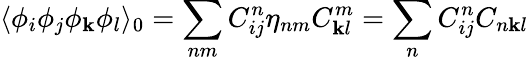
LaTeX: \langle\phi_{i}\phi_{j}\phi_{\mathbf{k}}\phi_{l}\rangle_{0}=\sum_{nm}C_{ij}^{n}\eta_{nm}C_{\mathbf{k}l}^{m}=\sum_{n}C_{ij}^{n}C_{n\mathbf{k}l}